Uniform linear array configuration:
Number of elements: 8
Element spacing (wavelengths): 1
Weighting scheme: binomial
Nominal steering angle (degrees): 30
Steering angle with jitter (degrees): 28.47
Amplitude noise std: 0.05
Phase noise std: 0.05

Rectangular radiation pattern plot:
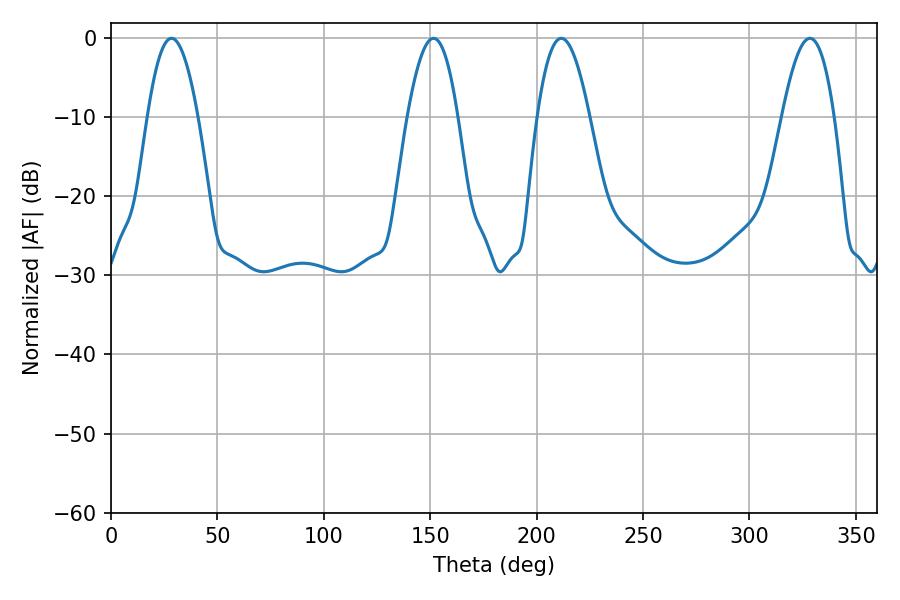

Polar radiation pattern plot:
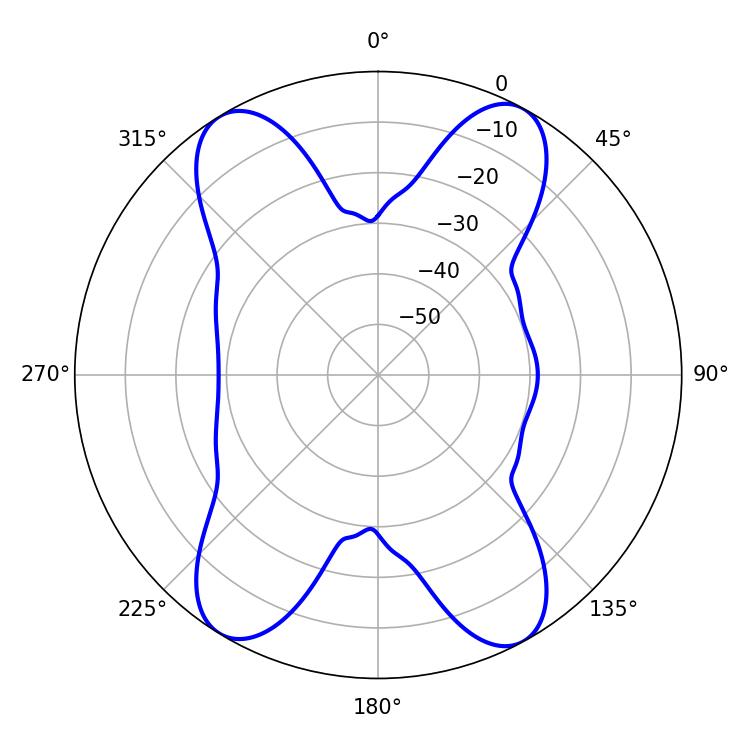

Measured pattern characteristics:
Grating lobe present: TRUE
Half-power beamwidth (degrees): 12.96
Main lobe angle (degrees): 28.44